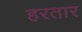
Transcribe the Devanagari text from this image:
हरतार